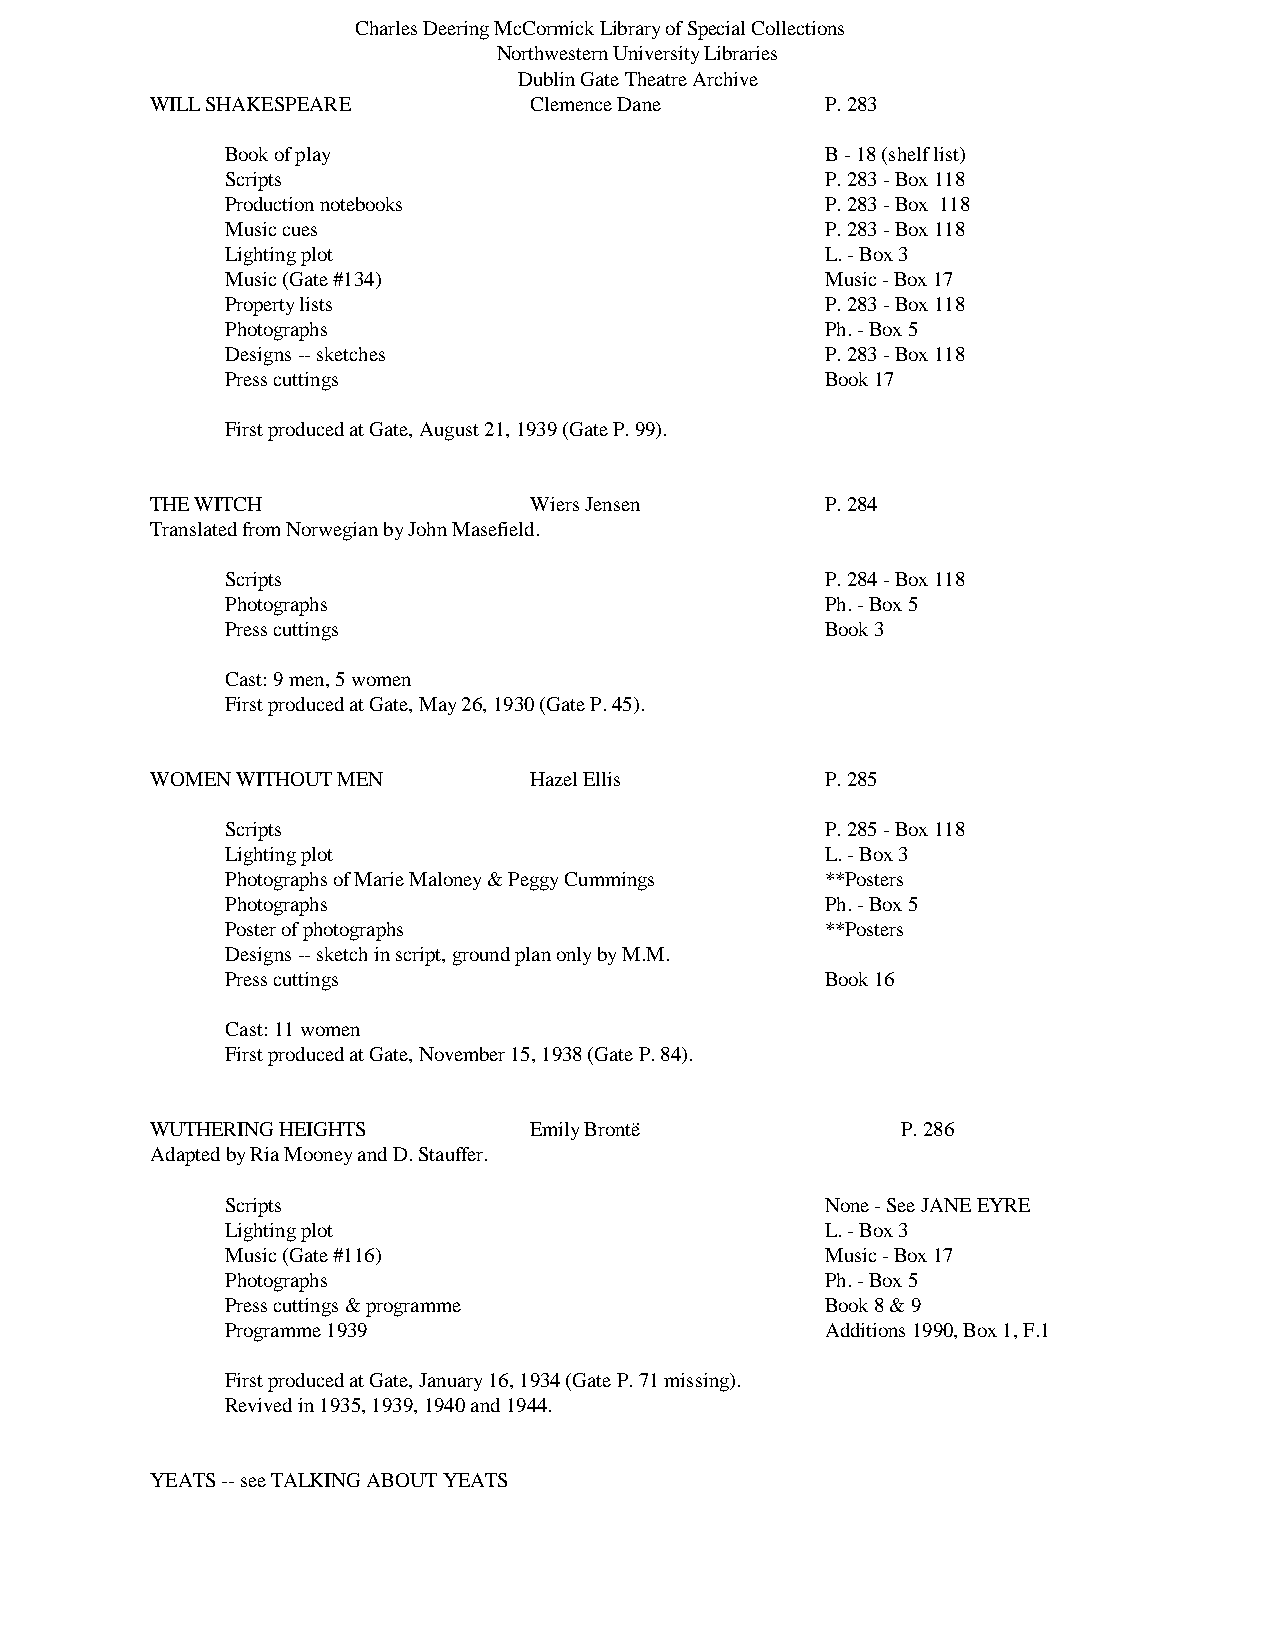
Charles Deering McCormick Library of Special Collections
 Northwestern University Libraries
 Dublin Gate Theatre Archive
 WILL SHAKESPEARE         Clemence Dane       P. 283
 Book of play                            B - 18 (shelf list)
 Scripts                                 P. 283 - Box 118
 Production notebooks                    P. 283 - Box 118
 Music cues                              P. 283 - Box 118
 Lighting plot                           L. - Box 3
 Music (Gate #134)                       Music - Box 17
 Property lists                          P. 283 - Box 118
 Photographs                             Ph. - Box 5
 Designs -- sketches                     P. 283 - Box 118
 Press cuttings                          Book 17
 First produced at Gate, August 21, 1939 (Gate P. 99).
 THE WITCH                Wiers Jensen        P. 284
 Translated from Norwegian by John Masefield.
 Scripts                                 P. 284 - Box 118
 Photographs                             Ph. - Box 5
 Press cuttings                          Book 3
 Cast: 9 men, 5 women
 First produced at Gate, May 26, 1930 (Gate P. 45).
 WOMEN WITHOUT MEN        Hazel Ellis         P. 285
 Scripts                                 P. 285 - Box 118
 Lighting plot                           L. - Box 3
 Photographs of Marie Maloney & Peggy Cummings **Posters
 Photographs                             Ph. - Box 5
 Poster of photographs                   **Posters
 Designs -- sketch in script, ground plan only by M.M.
 Press cuttings                          Book 16
 Cast: 11 women
 First produced at Gate, November 15, 1938 (Gate P. 84).
 WUTHERING HEIGHTS        Emily Brontë             P. 286
 Adapted by Ria Mooney and D. Stauffer.
 Scripts                                 None - See JANE EYRE
 Lighting plot                           L. - Box 3
 Music (Gate #116)                       Music - Box 17
 Photographs                             Ph. - Box 5
 Press cuttings & programme              Book 8 & 9
 Programme 1939                          Additions 1990, Box 1, F.1
 First produced at Gate, January 16, 1934 (Gate P. 71 missing).
 Revived in 1935, 1939, 1940 and 1944.
 YEATS -- see TALKING ABOUT YEATS